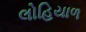
લોહિયાળ